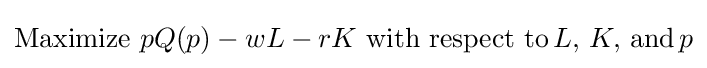
{\text{Maximize}}\,\,pQ(p)-wL-rK\,\,{\text{with respect to}}\,L,\,K,\,{\text{and}}\,p